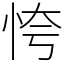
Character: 恗